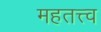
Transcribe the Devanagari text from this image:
महतत्त्व